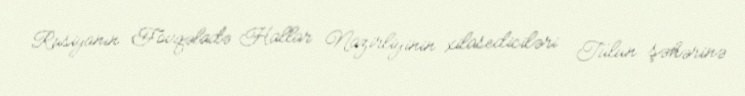
Rusiyanın Fövqəladə Hallar Nazirliyinin xilasediciləri Tulun şəhərinə